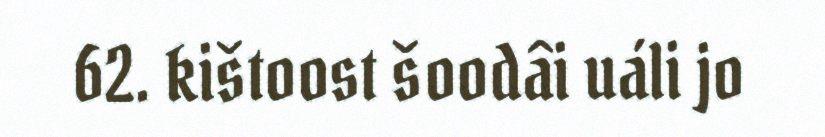
62. kištoost šoodâi uáli jo